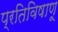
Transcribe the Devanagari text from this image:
प्रतिविषाणू